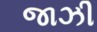
જાઝી